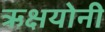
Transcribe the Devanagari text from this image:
ऋक्षयोनी